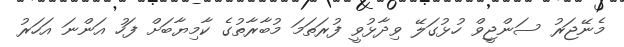
މެނޭޖަރު ސަންޖީވް ހުޅުގަލޭ ވިދާޅުވީ ފުރަތަމަ މުބާރާތުގެ ކާމިޔާބަށް ފަހު އަންނަ އަހަރު